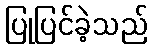
ပြုပြင်ခဲ့သည်